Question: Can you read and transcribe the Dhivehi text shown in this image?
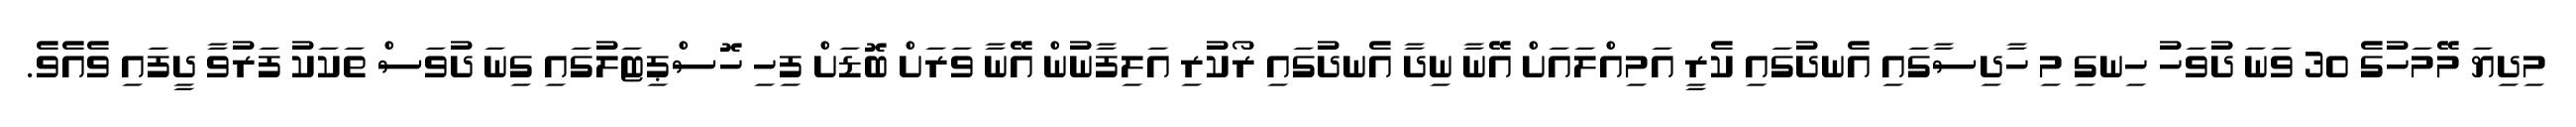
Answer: މިދިޔަ މޭމަހުގެ 30 ވަނަ ދުވަހު ހިނގި މި ހާދިސާގައި އެނދުގައި ކެރީ އަމިއްލައަށް އޭނާ ނިދާ އެނދުގައި ރޯކުރި އަލިފާނުން އޭނާ ވަރަށް ބޮޑަށް ފިހި ހޮސްޕިޓަލުގައި ގިނަ ދުވަސް ތަކަކު ފަރުވާ ދީފައި ވެއެވެ.